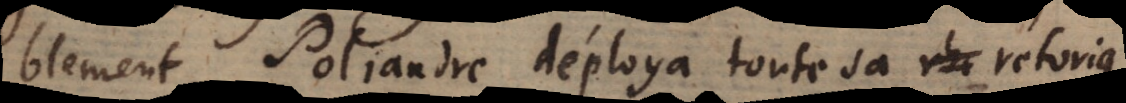
blement. Poliandre déploya toute sa rhetorique,